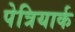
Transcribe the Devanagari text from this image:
पेत्रियार्क